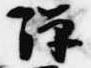
禅